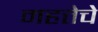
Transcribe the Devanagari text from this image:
महत्तेचे